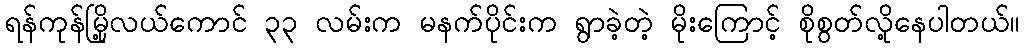
ရန်ကုန်မြို့လယ်ကောင် ၃၃ လမ်းက မနက်ပိုင်းက ရွာခဲ့တဲ့ မိုးကြောင့် စိုစွတ်လို့နေပါတယ်။